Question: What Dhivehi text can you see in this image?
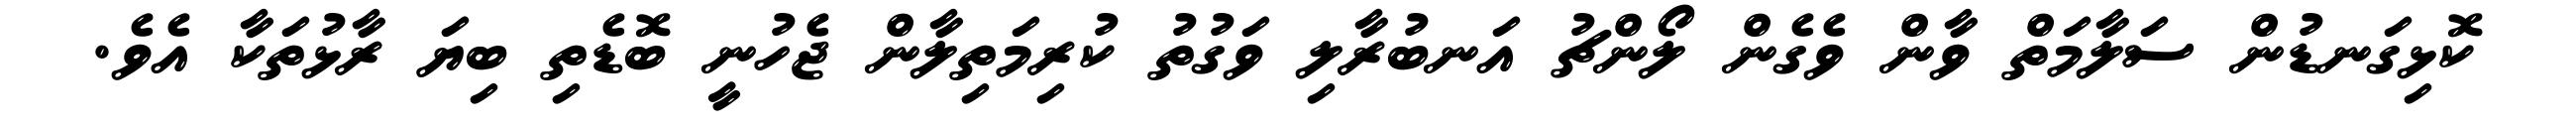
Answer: ކޮޅިގަނޑުން ސަލާމަތް ވާން ވެގެން ލޯންޗު އަނބުރާލި ވަގުތު ކުރިމަތިލާން ޖެހުނީ ބޮޑެތި ބިޔަ ރާޅުތަކާ އެވެ.